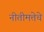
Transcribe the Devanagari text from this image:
नीतीमत्तेचे